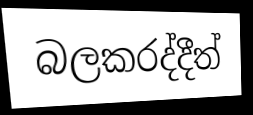
බලකරද්දීත්